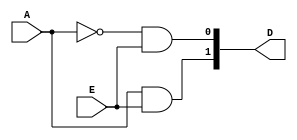
module dec_1to2(A,E,D);
	input A,E;
	output wire [1:0] D;
	
	assign D[0] = ~A&E;
	assign D[1] = A&E;
			
endmodule